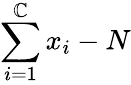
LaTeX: \sum_{i=1}^{\mathbb{C}}x_{i}-N